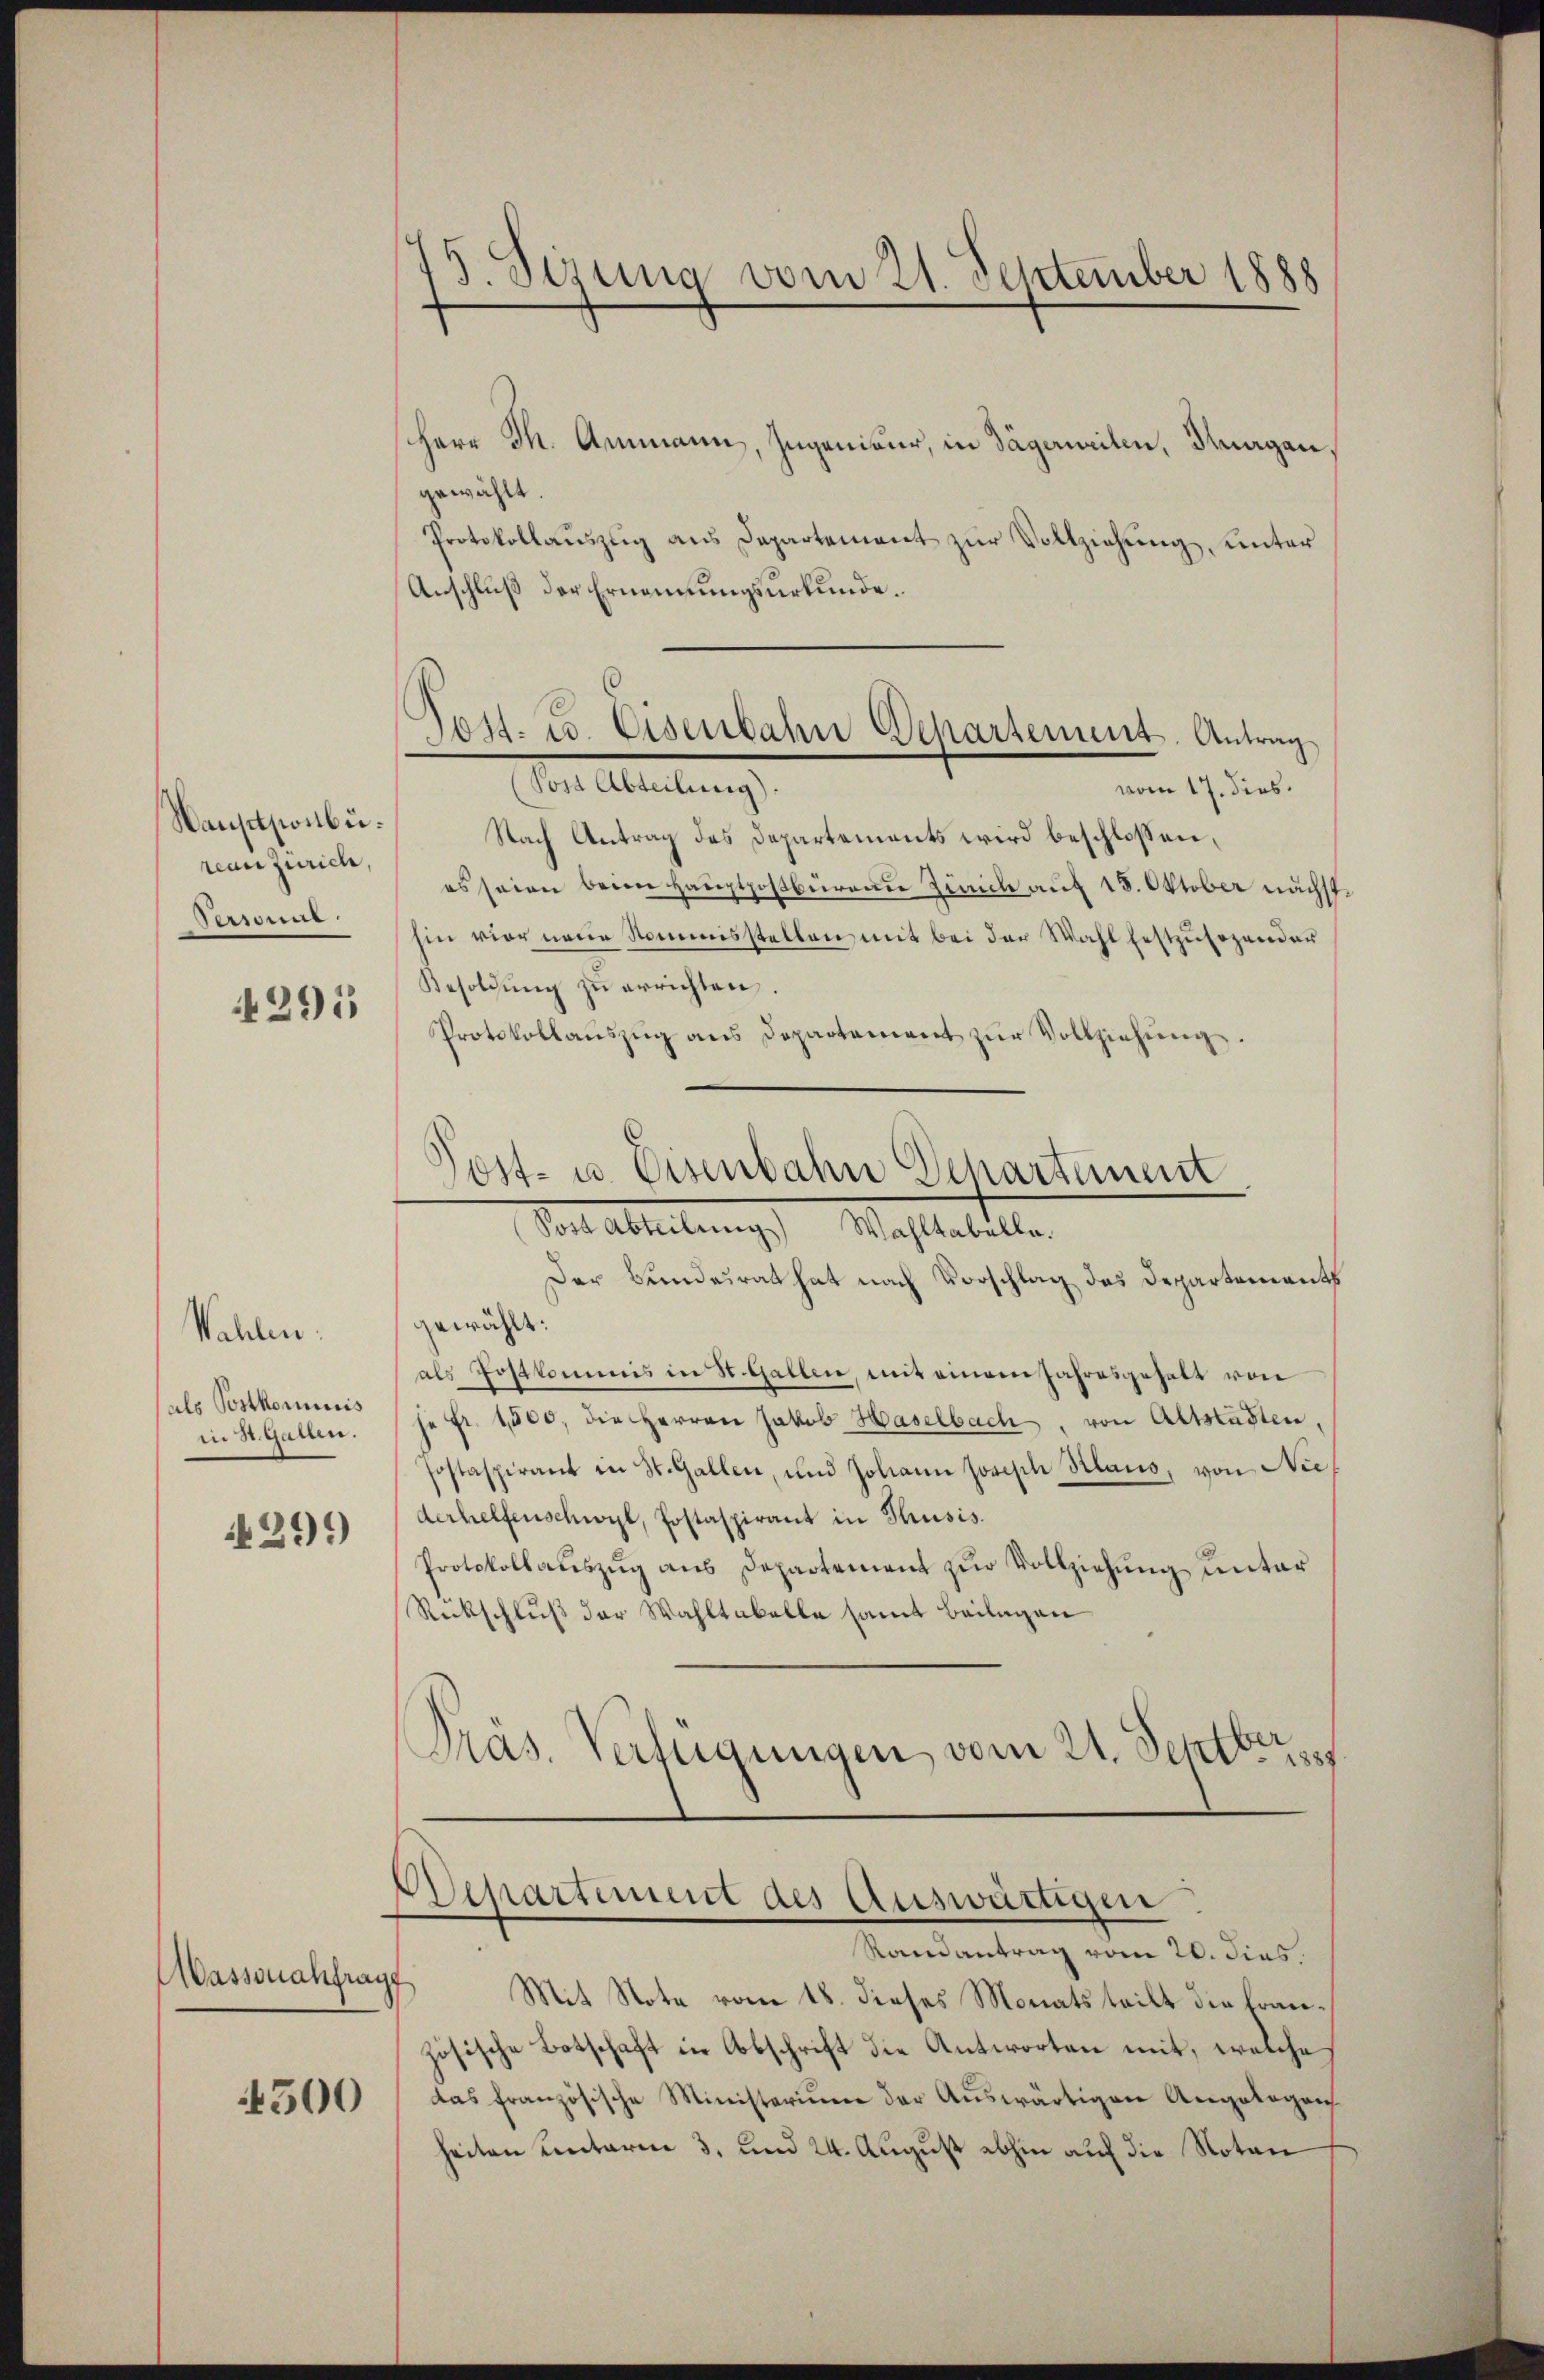
Waustponbüreanzurich,
Personne
4295

Wahlen.
(als Postkommnis
in St. Gallen.
299)

Aassonachfragt
500

5. Sizung vom 21. September 1888

schere Th. Ammann, Ingenieur, in Dägermeilen, Magen,
gewählt.
Protokollauszug aus Departement zur Vollziehung, unter
Anschluß der Ernennungsurkunde.
Am Ableitung
vom 17. dies
Nach Antrag des Departements wird beschlossen,
es seien beim Hauptpostbüreau Zürich auf 15. Oktober nächste
hin vier neue Nommisstellen mit bei der Wahl festzŭsezender
Besoldung zu errichten
Protokollaŭszŭg ans Departement zŭr Vollziehŭng.

Post. C. Eisenbahn Behartement. Antrag

ost- u Eisenbahn Departement
Vor Ableitung. Wahltabelle

Der Bundesrat hat nach Vorschlag das Departements
gewählt:
als Postkommis in St. Gallen, mit einem Jahresgehalt von
je Fr. 1500, die Herren Jakob Haselbach, von Altstasten.
sostaspirant in St. Gallen, und Johann Joseph Klaus, von Niederhelfenschwyl, Postaspirant in Thusis.
Protokollaŭszŭg ans Departement zur Vollziehung unter
Rückschluß der Wahltabelle samt Beilagen
Pras. Verfügungen vom 21. Septbr. 1

Departement des Auswärtigen
Randantrag vom 20. dies.
Mit Note vom 18. dieses Monatsteilt die fran¬

zösische Botschaft in Abschrift die Antworten mit, welche
das französische Ministerium der Auswärtigen Angelegens
heiten unterm 3. und 24. August abhin auf die Noten